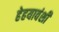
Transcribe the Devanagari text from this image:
हेहयावंशी